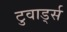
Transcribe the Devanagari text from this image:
टुवार्ड्स